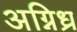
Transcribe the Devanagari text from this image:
अग्निध्र